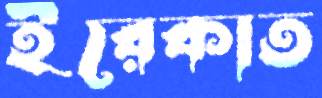
ইরেকাত